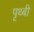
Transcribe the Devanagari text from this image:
पृथ्बी